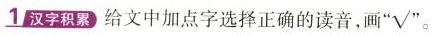
1汉字积累给文中加点字选择正确的读音，画”√”。